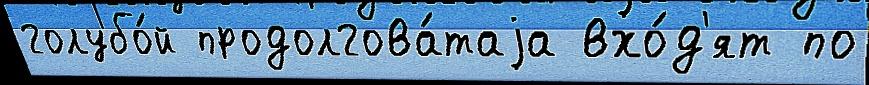
голубо́й продолгова́таjа вхо́д'ят по